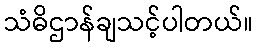
သံဓိဌာန်ချသင့်ပါတယ်။